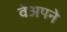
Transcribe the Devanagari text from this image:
वेअपने